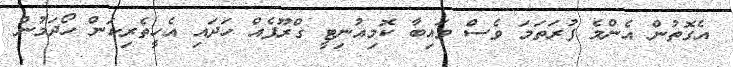
އެގޮތުން އެންމެ ފުރަތަމަ ވެސް ވައިބާ ކޮމިއުނިޓީ ގްރޫޕެއް ހަދައި އެހީތެރިކަން ހޯދަމުން